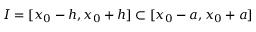
I = [ x _ { 0 } - h , x _ { 0 } + h ] \subset [ x _ { 0 } - a , x _ { 0 } + a ]